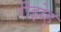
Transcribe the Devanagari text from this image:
रीझेहु